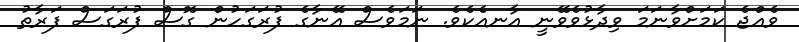
ވެއްޖެ ކަމަށްވާނަމަ ވިދާޅުވެވޭނީ އާނއެކެވެ. ނަމަވެސް އޭނާގެ ފުރަގަހުން ގޮސް ފުރަގަސް ފަރާތު